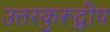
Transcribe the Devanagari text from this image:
उत्तरकुरूद्वीप